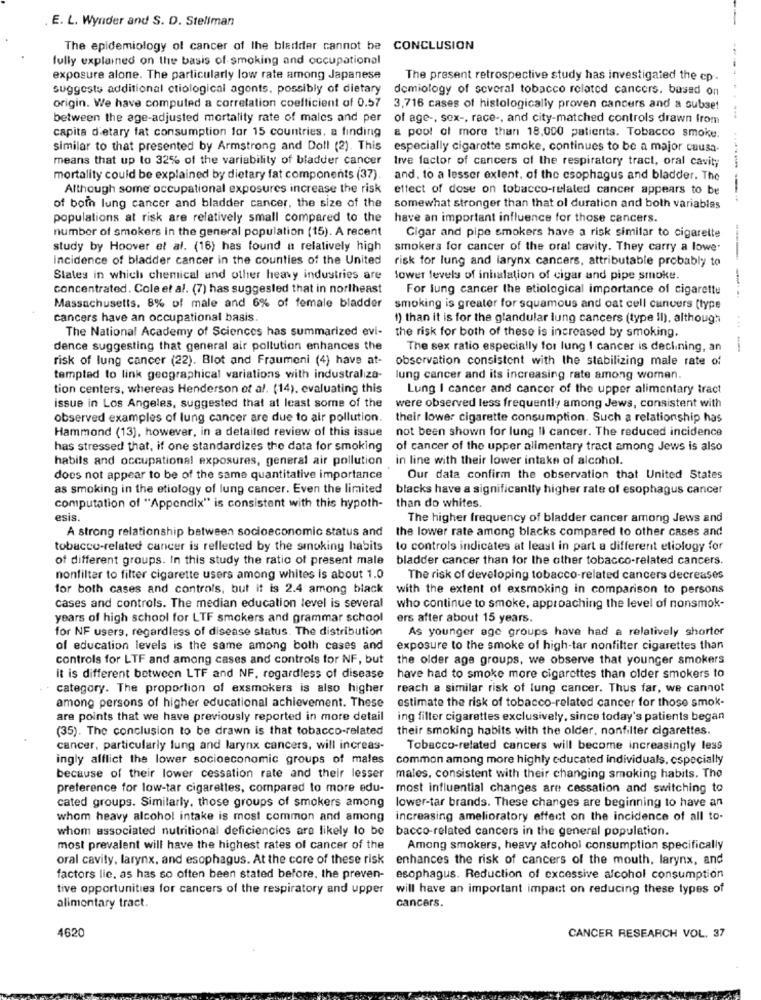
. E. L. Wynder and S. D. Stellman
The epidemiology of cancer of the bladder cannot be CONCLUSION
fully explained on the basis of smoking and occupational
exposure alone. The particularly low rate among Japanese
The present retrospective study has investigated the cp .
suggests additional ctiological agents, possibly of dietary
demiology of several tobacco related cancers. based on
....
origin. We have computed a correlation coefficient of 0.57
3,716 cases of histologically proven cancers and a subset
between the age-adjusted mortality rate of males and per of age -, sex -, race -, and city-matched controls drawn from
capita dietary fat consumption for 15 countries, a finding
a pool of more than 18,000 patients. Tobacco smoke.
similar to that presented by Armstrong and Doll (2). This
especially cigarette smoke, continues to be a major causa-
means that up to 32% of the variability of bladder cancer
live factor of cancers of the respiratory tract, oral cavity
mortality could be explained by dietary fat components (37).
and. to a lesser extent, of the esophagus and bladder. The
Although some occupational exposures increase the risk
effect of dose on tobacco-related cancer appears to be
of both lung cancer and bladder cancer, the size of the
somewhat stronger than that ol duration and both variables
populations at risk are relatively small compared to the
have an important influence for those cancers.
number of smokers in the general population (15). A recent
Cigar and pipe smokers have a risk similar to cigarette
study by Hoover et al. (16) has found a relatively high
smokers for cancer of the oral cavity. They carry a lowe.
Incidence of bladder cancer in the counties of the United
risk for lung and larynx cancers, attributable probably to
Slates in which chemical and other heavy industries are
lower levels of inhalation of cigar and pipe smoke.
concentrated. Cole et al. (7) has suggested that in northeast
For lung cancer the etiological importance of cigarette
Massachusetts, 8% of male and 6% of female bladder
smoking is greater for squamous and oat cell cancers (type
cancers have an occupational basis.
1) than it is for the glandular lung cancers (type il), although
The National Academy of Sciences has summarized evi-
the risk for both of these is increased by smoking.
dence suggesting that general air pollution enhances the
The sex ratio especially for lung I cancer is declining, an
risk of lung cancer (22). Blot and Fraumeni (4) have at-
observation consistent with the stabilizing male rate of
tempted to link geographical variations with industraliza-
lung cancer and its increasing rate among women.
tion centers, whereas Henderson et al. (14). evaluating this
Lung I cancer and cancer of the upper alimentary tract
issue in Los Angeles, suggested that at least some of the
were observed less frequently among Jews, consistent with
observed examples of lung cancer are due to air pollution.
their lower cigarette consumption. Such a relationship has
Hammond (13), however, in a detailed review of this issue
not been shown for lung Il cancer. The reduced incidence
has stressed that, if one standardizes the data for smoking
of cancer of the upper alimentary tract among Jews is also
habils and occupational exposures, general air pollution in line with their lower intake of alcohol.
does not appear to be of the same quantitative importance
Our data confirm the observation that United States
as smoking in the etiology of lung cancer. Even the limited
blacks have a significantly higher rate of esophagus cancer
computation of "Appendix" is consistent with this hypoth-
than do whites.
esis.
The higher frequency of bladder cancer among Jews and
A strong relationship between socioeconomic status and
the lower rate among blacks compared to other cases and
tobacco-related cancer is reflected by the smoking habits
to controls indicates at least in part a different etiology for
of different groups. In this study the ratio of present male
bladder cancer than for the other tobacco-related cancers.
nonfilter to filter cigarette users among whites is about 1.0
The risk of developing tobacco-related cancers decreases
for both cases and controls, but it is 2.4 among black
with the extent of exsmoking in comparison to persons
cases and controls. The median education level is several
who continue to smoke, approaching the level of nonsmok-
years of high school for LTF smokers and grammar school
ers after about 15 years.
for NF users, regardless of disease status. The distribution
As younger age groups have had a relatively shorter
of education levels is the same among both cases and
exposure to the smoke of high-tar nonfilter cigarettes than
controls for LTF and among cases and controls for NF, but
the older age groups, we observe that younger smokers
it is different between LTF and NF, regardless of disease
have had to smoke more cigarettes than older smokers to
category. The proportion of exsmokers is also higher
reach a similar risk of lung cancer. Thus far, we cannot
estimate the risk of tobacco-related cancer for those smok-
among persons of higher educational achievement. These
are points that we have previously reported in more detail
ing filter cigarettes exclusively, since today's patients began
(35). The conclusion to be drawn is that tobacco-related
their smoking habits with the older, nonfilter cigarettes.
cancer, particularly lung and larynx cancers, will increas-
Tobacco-related cancers will become increasingly less
ingly afflict the lower socioeconomic groups of males
common among more highly educated individuals, especially
because of their lower cessation rate and their lesser
males, consistent with their changing smoking habits. The
preference for low-tar cigarettes, compared to more edu-
most influential changes are cessation and switching to
cated groups. Similarly, those groups of smokers among
lower-tar brands. These changes are beginning to have an
whom heavy alcohol intake is most common and among
increasing amelioratory effect on the incidence of all to-
whom associated nutritional deficiencies are likely to be bacco-related cancers in the general population.
most prevalent will have the highest rates of cancer of the
Among smokers, heavy alcohol consumption specifically
oral cavity, larynx, and esophagus. At the core of these risk
enhances the risk of cancers of the mouth, larynx, and
factors lie, as has so often been stated before, the preven-
esophagus. Reduction of excessive alcohol consumption
tive opportunities for cancers of the respiratory and upper
will have an important impact on reducing these types of
alimentary tract.
cancers.
4620
CANCER RESEARCH VOL. 37